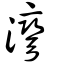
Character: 灣